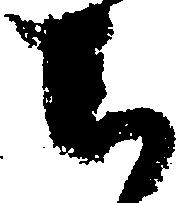
ち